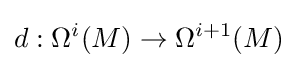
d:\Omega ^{i}(M)\to \Omega ^{i+1}(M)